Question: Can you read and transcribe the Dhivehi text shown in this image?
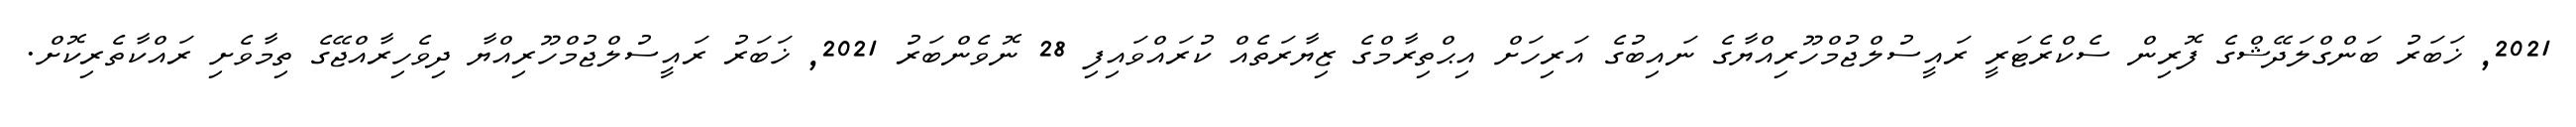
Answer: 2021, ޚަބަރު ބަންގްލަދޭޝްގެ ފޮރިން ސެކްރެޓަރީ ރައީސުލްޖުމްހޫރިއްޔާގެ ނައިބުގެ އަރިހަށް އިޙްތިރާމްގެ ޒިޔާރަތެއް ކުރައްވައިފި 28 ނޮވެންބަރު 2021, ޚަބަރު ރައީސުލްޖުމްހޫރިއްޔާ ދިވެހިރާއްޖޭގެ ތިމާވެށި ރައްކާތެރިކޮށް.